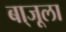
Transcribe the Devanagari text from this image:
बा्जूला